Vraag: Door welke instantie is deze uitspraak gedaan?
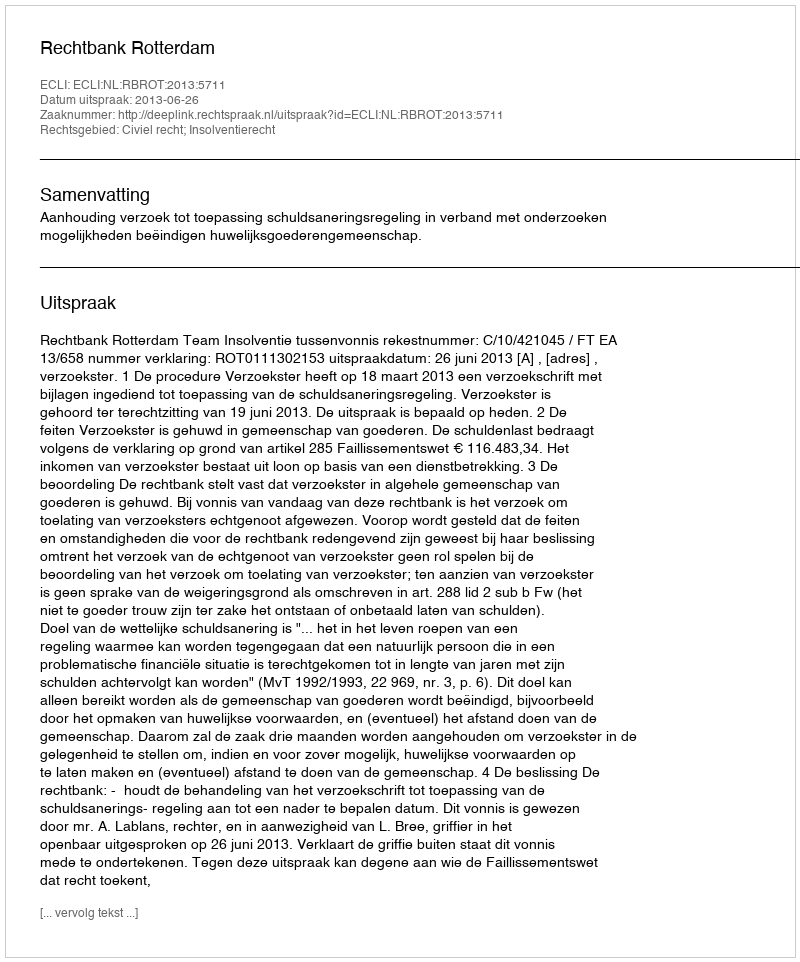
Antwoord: Rechtbank Rotterdam